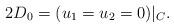
LaTeX: \begin{align*}2D_0 = (u_1=u_2=0)|_{C}. \end{align*}